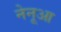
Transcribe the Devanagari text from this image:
नेनूआ